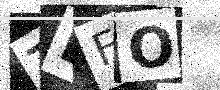
Text: TBFO